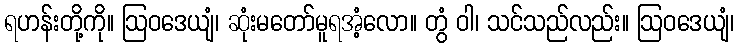
ရဟန်းတို့ကို။ ဩဝဒေယျံ၊ ဆုံးမတော်မူရအံ့လော။ တွံ ဝါ၊ သင်သည်လည်း။ ဩဝဒေယျံ၊